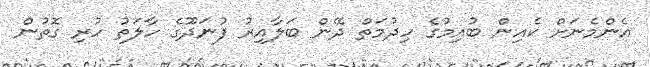
އެންމެނަށް ކެއިން ބުއިމުގެ ހިދުމަތް ދޭން ބަލާއިރު ފުނަދޫގެ ހާލަތު ހުރި ގޮތުން